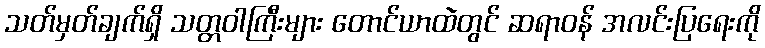
သတ်မှတ်ချက်ရှိ သတ္တဝါကြီးများ တောင်ယာထဲတွင် ဆရာဝန် အလင်းပြရေးကို